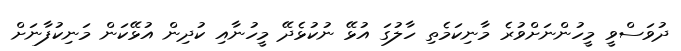
ދުވަސްވީ މީހުންނަށްވުރެ މާނިކަމެތި ހާލުގަ އުޅޭ ނުކުޅެދޭ މީހުނާއި ކުދިން އުޅޭކަން މަނިކުފާނަށް